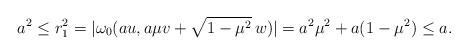
LaTeX: \begin{align*} a^2 \le r_1^2 = | \omega_0 (a u, a \mu v + \sqrt{1 - \mu^2} \, w) | = a^2 \mu^2 + a (1 - \mu^2) \le a.\end{align*}